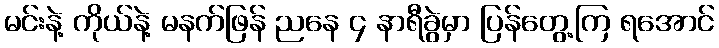
မင်းနဲ့ ကိုယ်နဲ့ မနက်ဖြန် ညနေ ၄ နာရီခွဲမှာ ပြန်တွေ့ကြ ရအောင်